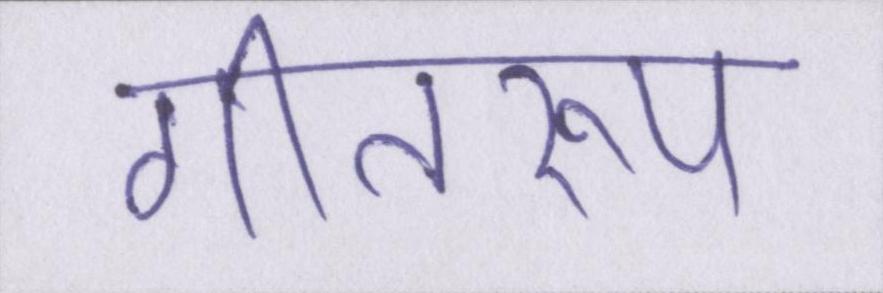
गीतरूप